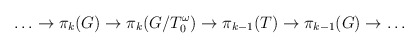
\begin{align*}\ldots \to \pi_k(G) \to \pi_k(G/T^\omega_0) \to \pi_{k-1}(T) \to \pi_{k-1}(G) \to \ldots\end{align*}